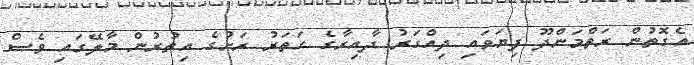
އެގޮތުން ރަތްމަންދޫ ފިޔަވައި ދިއްގަރު ދާއިރާގެ ހަތަރު ރަށުގެ އިތުރުން މާލޭގައި ވެސް